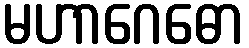
မဟာဂေဓော